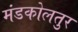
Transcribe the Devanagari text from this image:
मंडकोलतुर